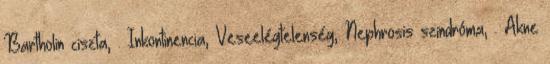
Bartholin ciszta, . Inkontinencia, Veseelégtelenség, Nephrosis szindróma, . Akne